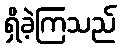
ရှိခဲ့ကြသည်